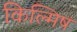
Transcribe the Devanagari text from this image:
किल्मिषं